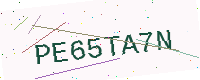
Text: PE65TA7N